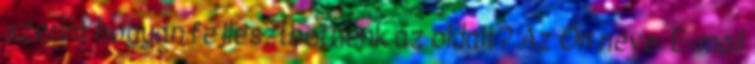
szerint hogyan fejleszthetnénk az oldalt? Az Ön neve: E-mail